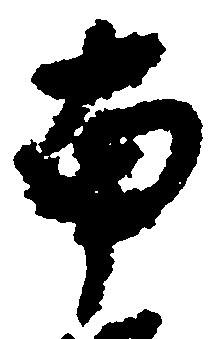
南